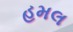
હમલ